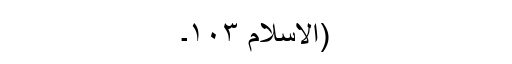
(الاسلام ۱۰۳۔